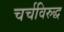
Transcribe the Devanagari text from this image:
चर्चविरुद्ध